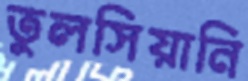
তুলসিয়ানি